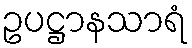
ဥပဋ္ဌာနသာရံ